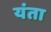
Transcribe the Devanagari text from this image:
यंता